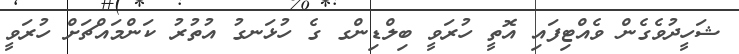
ޝަހީދުވެގެން ވެއްޓިފައި އޮތީ ހުރަވީ ބިލްޑިންގ ގެ ހުޅަނގު އުތުރު ކަންމައްޗަށް ހުރަވީ